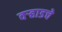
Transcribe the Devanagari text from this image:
वऱ्हाडचे